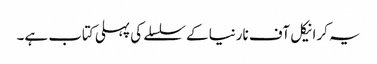
یہ کرانیکل آف نارنیا کے سلسلے کی پہلی کتاب ہے۔